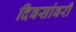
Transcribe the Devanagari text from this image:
दिवसांवरी